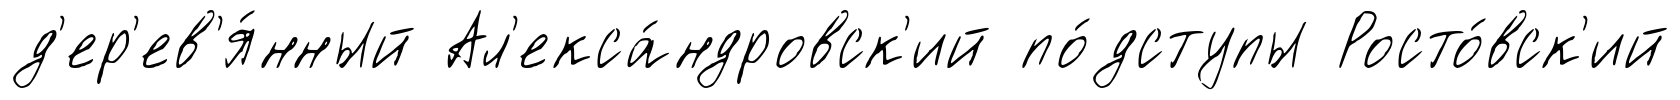
д'ер'ев'я́нный Ал'екса́ндровск'ий по́дступы Росто́вск'ий